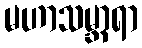
မဟာသမ္ဘာရာ